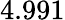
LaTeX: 4.991